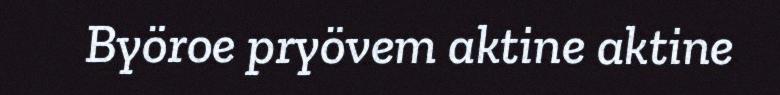
Byöroe pryövem aktine aktine